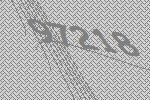
97218